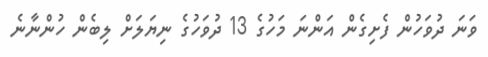
ވަނަ ދުވަހުން ފެށިގެން އަންނަ މަހުގެ 13 ދުވަހުގެ ނިޔަލަށް ލިބެން ހުންނާނެ